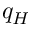
q _ { H }